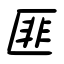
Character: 匪